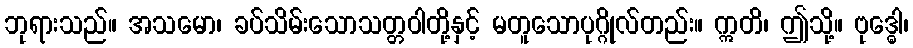
ဘုရားသည်။ အသမော၊ ခပ်သိမ်းသောသတ္တဝါတို့နှင့် မတူသောပုဂ္ဂိုလ်တည်း။ ဣတိ၊ ဤသို့။ ဗုဒ္ဓေါ၊